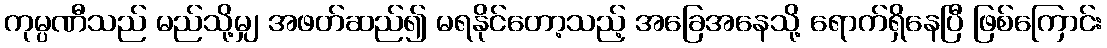
ကုမ္ပဏီသည် မည်သို့မျှ အဖတ်ဆည်၍ မရနိုင်တော့သည့် အခြေအနေသို့ ရောက်ရှိနေပြီ ဖြစ်ကြောင်း